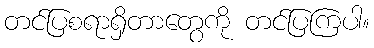
တင်ပြစရာရှိတာတွေကို တင်ပြကြပါ။